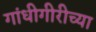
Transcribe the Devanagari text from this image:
गांधीगीरीच्या